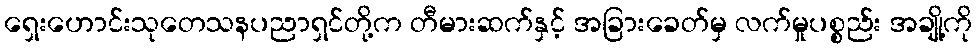
ရှေးဟောင်းသုတေသနပညာရှင်တို့က တီမားဆက်နှင့် အခြားခေတ်မှ လက်မှုပစ္စည်း အချို့ကို